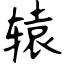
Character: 辕